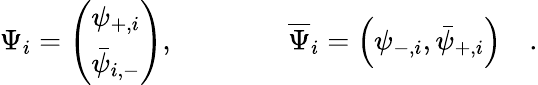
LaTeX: \Psi_{i}=\left(\begin{array}{l}{{\psi_{+,i}}}\\ {{\bar{\psi}_{i,-}}}\end{array}\right),\qquad\qquad\overline{{{\Psi}}}_{i}=\left(\psi_{-,i},\bar{\psi}_{+,i}\right)\quad.